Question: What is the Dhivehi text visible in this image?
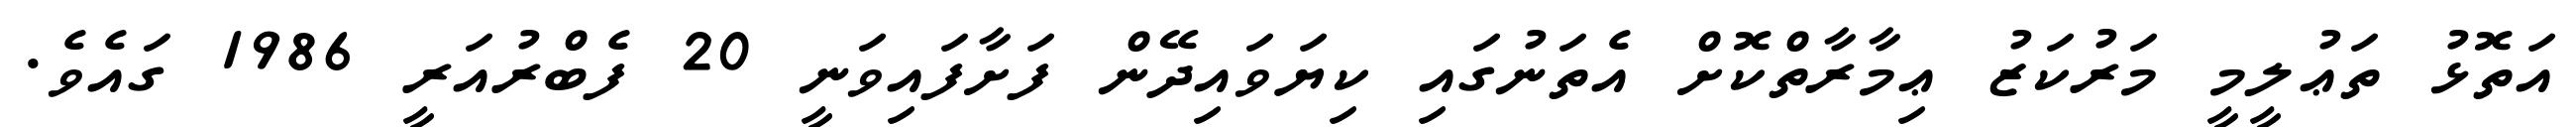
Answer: އަތޮޅު ތަޢުލީމީ މަރުކަޒު ޢިމާރާތްކޮށް އެތަނުގައި ކިޔަވައިދޭން ފަށާފައިވަނީ 20 ފެބްރުއަރީ 1986 ގައެވެ.